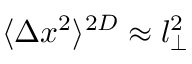
\langle \Delta x ^ { 2 } \rangle ^ { 2 D } \approx l _ { \perp } ^ { 2 }